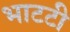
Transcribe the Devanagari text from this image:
भाटटी